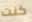
كنت